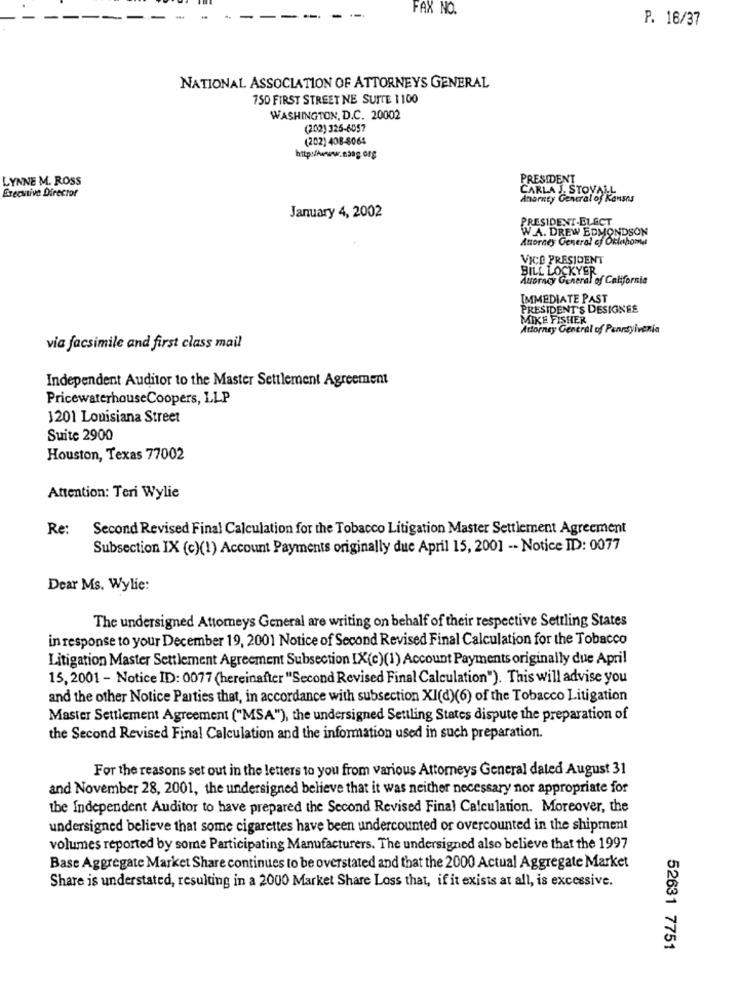
FAX NO.
P. 16/37
NATIONAL ASSOCIATION OF ATTORNEYS GENERAL
750 FIRST STREET NE SUITE 1100
WASHINGTON, D.C. 20002
(202) 325-6057
(202) 408-8064
http://www.nang.org
LYNNE M. ROSS
PRESIDENT
Executive Director
CARLA J. STOVA
Anornty Generalof Kan
January 4, 2002
PRESIDENT-ELECT
W.A. DREW DUYSenhor
Attorney General ef Or
VICE PRESIDENT
BILL LOCKYER
Auroracy General of California
IMMEDIATE PAST
PRESIDENT'S DESIGNEE
MIKE FISHER
Attorney General of Pennsylvania
via facsimile and first class mail
Independent Auditor to the Master Settlement Agreement
PricewaterhouseCoopers, LLP
3201 Louisiana Street
Suite 2900
Houston, Texas 77002
Attention: Teri Wylie
Re: Second Revised Final Calculation for the Tobacco Litigation Master Settlement Agreement
Subsection IX (c)(1) Account Payments originally due April 15, 2001 -- Notice ID: 0077
Dear Ms. Wylie:
The undersigned Attorneys General are writing on behalf of their respective Settling States
in response to your December 19, 2001 Notice of Second Revised Final Calculation for the Tobacco
Litigation Master Settlement Agreement Subsection IX(e)(1) Account Payments originally due April
15, 2001 - Notice ID: 0077 (hereinafter "Second Revised Final Calculation"). This will advise you
and the other Notice Parties that, in accordance with subsection XI(d)(6) of the Tobacco Litigation
Master Settlement Agreement ("MSA"), the undersigned Settling States dispute the preparation of
the Second Revised Final Calculation and the information used in such preparation.
For the reasons set out in the letters to you from various Attorneys General dated August 31
and November 28, 2001, the undersigned believe that it was neither necessary nor appropriate for
the Independent Auditor to have prepared the Second Revised Final Calculation. Moreover, the
undersigned believe that some cigarettes have been undercounted or overcounted in the shipment
volumes reported by some Participating Manufacturers. The undersigned also believe that the 1997
Base Aggregate Market Share continues to be overstated and that the 2000 Actual Aggregate Market
Share is understated, resulting in a 2000 Market Share Loss that, if it exists at all, is excessive.
52631 7751